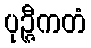
ပုဉ္ဇီကတံ